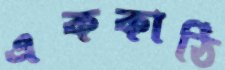
এককাঠি